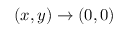
( x , y ) \to ( 0 , 0 )